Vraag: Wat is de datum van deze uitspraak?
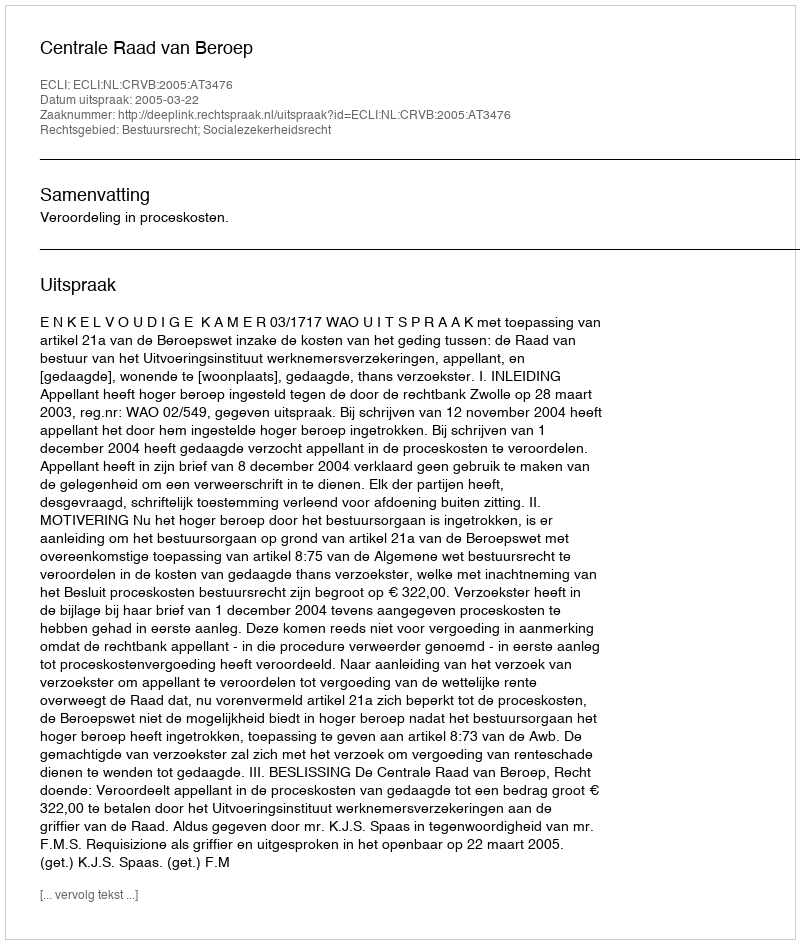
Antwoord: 2005-03-22